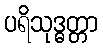
ပရိသုဒ္ဓတ္တာ